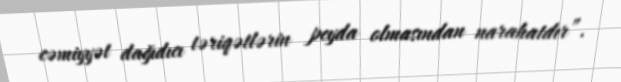
cəmiyyət dağıdıcı təriqətlərin peyda olmasından narahatdır”.